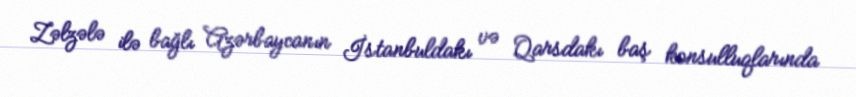
Zəlzələ ilə bağlı Azərbaycanın İstanbuldakı və Qarsdakı baş konsulluqlarında